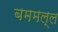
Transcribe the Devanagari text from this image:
बममल्ल